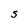
Character: S